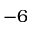
- 6